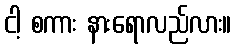
ငါ့ စကား နားရောလည်လား။